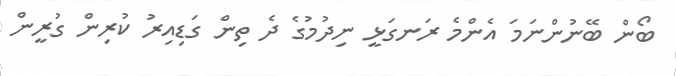
ބޯން ބޭނުންނަމަ އެންމެ ރަނގަޅީ ނިދުމުގެ ދެ ތިން ގަޑިއިރު ކުރިން ގުރީން